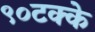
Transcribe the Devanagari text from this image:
९०टक्के